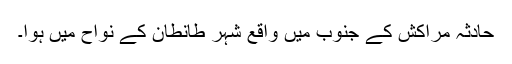
حادثہ مراکش کے جنوب میں واقع شہر طانطان کے نواح میں ہوا۔